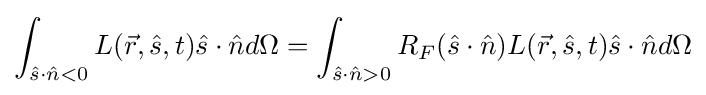
\int _{{\hat {s}}\cdot {\hat {n}}<0}L({\vec {r}},{\hat {s}},t){\hat {s}}\cdot {\hat {n}}d\Omega =\int _{{\hat {s}}\cdot {\hat {n}}>0}R_{F}({\hat {s}}\cdot {\hat {n}})L({\vec {r}},{\hat {s}},t){\hat {s}}\cdot {\hat {n}}d\Omega